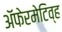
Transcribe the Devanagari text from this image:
ॲफेरमेटिव्ह